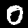
Label: 0